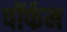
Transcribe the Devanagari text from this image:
पॉर्फम